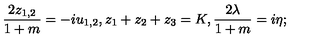
{ \frac { 2 z _ { 1 , 2 } } { 1 + m } } = - i u _ { 1 , 2 } , z _ { 1 } + z _ { 2 } + z _ { 3 } = K , { \frac { 2 \lambda } { 1 + m } } = i \eta ;